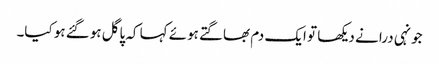
جونہی درا نے دیکھا تو ایک دم بھاگتے ہوئے کہا کہ پاگل ہوگئے ہو کیا۔